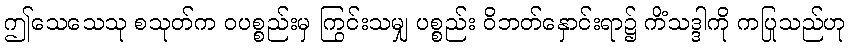
ဤသေသေသု စသုတ်က ဝပစ္စည်းမှ ကြွင်းသမျှ ပစ္စည်း ဝိဘတ်နှောင်းရာ၌ ကိံသဒ္ဒါကို ကပြုသည်ဟု